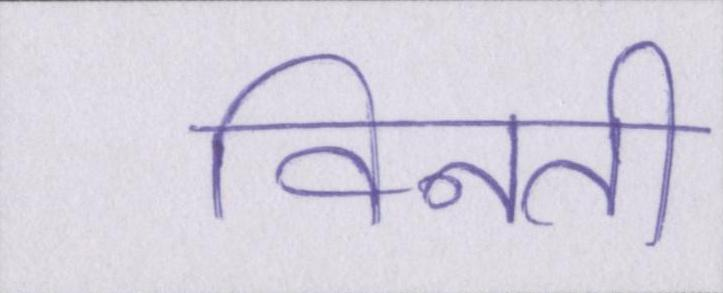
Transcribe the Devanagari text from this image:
विनती